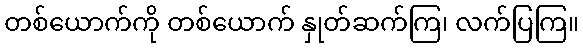
တစ်ယောက်ကို တစ်ယောက် နှုတ်ဆက်ကြ၊ လက်ပြကြ။